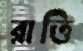
রাত্তি